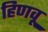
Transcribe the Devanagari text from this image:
हिणवू